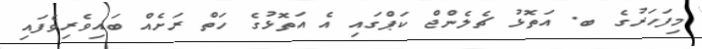
މިފަހަރުގެ ބ. އަތޮޅު ޗެލެންޖް ކަޕްގައި އެ އަތޮޅުގެ ހަތް ރަށެއް ބައިވެރިވެފައި